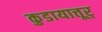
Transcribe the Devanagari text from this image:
कुडायात्तूर्